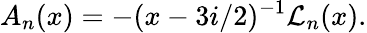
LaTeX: A_{n}(x)=-(x-3i/2)^{-1}{\cal L}_{n}(x).